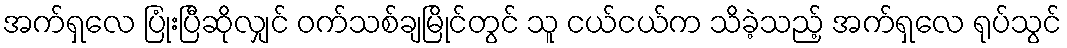
အက်ရှလေ ပြုံးပြီဆိုလျှင် ဝက်သစ်ချမြိုင်တွင် သူ ငယ်ငယ်က သိခဲ့သည့် အက်ရှလေ ရုပ်သွင်